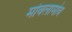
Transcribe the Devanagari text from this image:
मोवलामोव